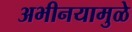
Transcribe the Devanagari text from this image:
अभीनयामुळे